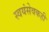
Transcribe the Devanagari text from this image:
स्वयंसेवकही